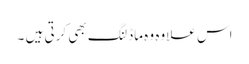
اس علاوہ وہ ماڈلنگ بھی کرتی ہیں ۔